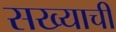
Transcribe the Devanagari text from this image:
सख्याची